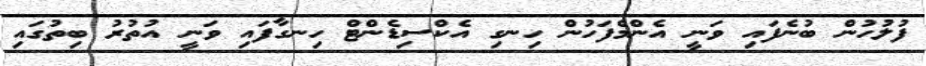
ފުލުހުން ބުނެފައި ވަނީ އެންމެފަހުން ހިނގި އެކްސިޑެންޓް ހިނގާފައި ވަނީ އުތުރު ބިތުގައި